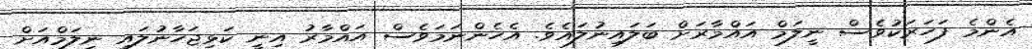
އެންމެ ފަހަރަކުވެސް ނީލަމް އައްމާރަށް ބަލައިނުލައެވެ. އެހެންނަމަވެސް އައްމާރު އިނީ ކަޅިޖަހާނުލައި ނީލަމްއަށް